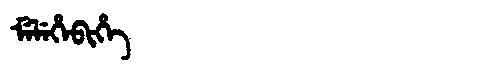
Manchu: ᠮᡝᠯᡝᡥᡝᠪᡳᡥᡝ
Romanization: MELEHEBIHE